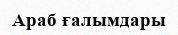
Араб ғалымдары